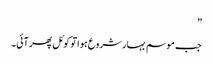
”
جب موسم بہار شروع ہوا تو کوئل پھر آئی۔